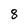
Character: 8